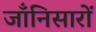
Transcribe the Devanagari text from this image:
जाँनिसारों